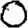
Digit: 0